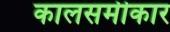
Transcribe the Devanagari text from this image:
कालसमीकार